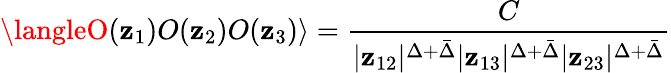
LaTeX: \langleO(\mathbf{z}_{1})O(\mathbf{z}_{2})O(\mathbf{z}_{3})\rangle={\frac{{C}}{{|\mathbf{z}_{12}|^{\Delta+\bar{{\Delta}}}|\mathbf{z}_{13}|^{\Delta+\bar{{\Delta}}}|\mathbf{z}_{23}|^{\Delta+\bar{{\Delta}}}}}}